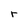
Character: r